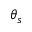
\theta _ { s }